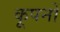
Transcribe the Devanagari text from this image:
कूपनों